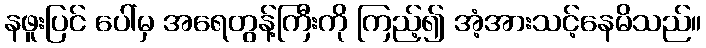
နဖူးပြင် ပေါ်မှ အရေတွန့်ကြီးကို ကြည့်၍ အံ့အားသင့်နေမိသည်။